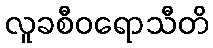
လူခစီဝရောသီတိ